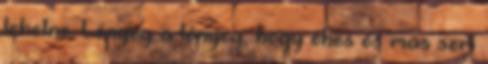
lehetne. Lényeg a lényeg, hogy éhes és más sem